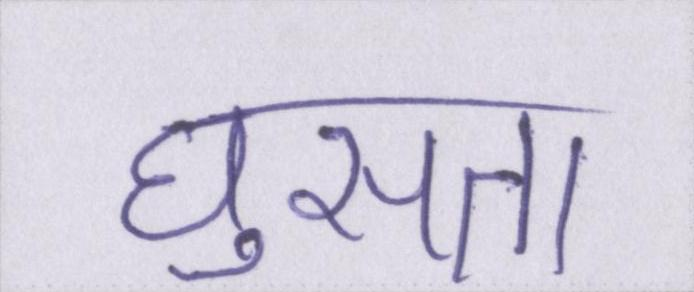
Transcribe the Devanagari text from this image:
घुसता